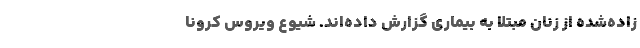
زاده‌شده از زنان مبتلا به بیماری گزارش داده‌اند. شیوع ویروس کرونا